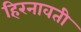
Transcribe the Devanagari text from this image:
हिरनावती